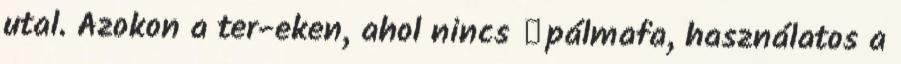
utal. Azokon a ter-eken, ahol nincs →pálmafa, használatos a